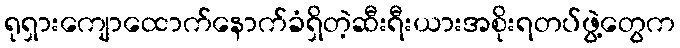
ရုရှားကျောထောက်နောက်ခံရှိတဲ့ဆီးရီးယားအစိုးရတပ်ဖွဲ့တွေက